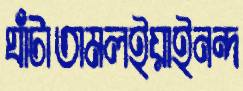
ঘাঁটাতামলইয়াইনন্দ